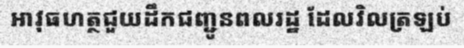
អាវុធហត្ថជួយដឹកជញ្ជូនពលរដ្ឋ ដែលវិលត្រឡប់